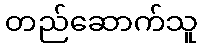
တည်ဆောက်သူ